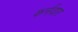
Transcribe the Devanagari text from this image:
कर्नवार